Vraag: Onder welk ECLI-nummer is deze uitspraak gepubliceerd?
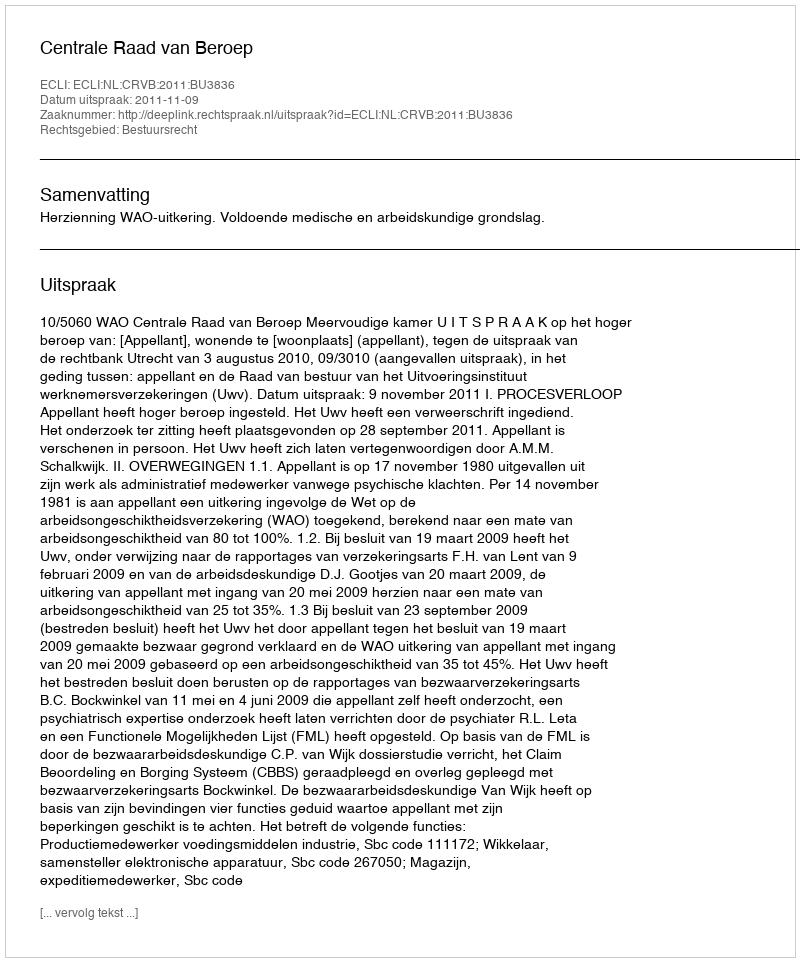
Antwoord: ECLI:NL:CRVB:2011:BU3836